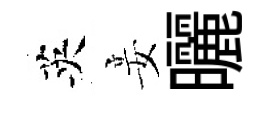
英妾曬